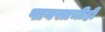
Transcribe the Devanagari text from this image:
पावसाचीही